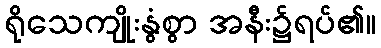
ရိုသေကျိုးနွံစွာ အနီး၌ရပ်၏။